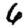
Digit: 6